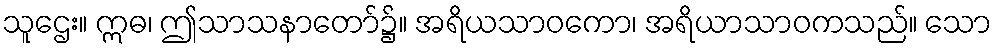
သူဌေး။ ဣဓ၊ ဤသာသနာတော်၌။ အရိယသာဝကော၊ အရိယာသာဝကသည်။ သော